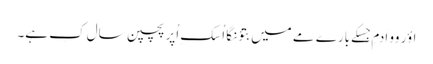
اؤر وو اَدمِ جِسکے بارے مے میں بتؤنگا اُسکِ اُپر پچپن سال کِ ہے۔